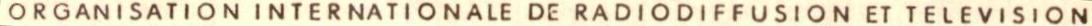
ORGANISATION INTERNATIONALE DE RADIODIFFUSION ET TELEVISION